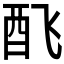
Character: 𲆧